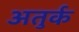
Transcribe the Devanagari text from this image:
अतुर्क